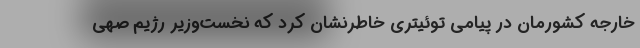
خارجه کشورمان در پیامی توئیتری خاطرنشان کرد که نخست‌وزیر رژیم صهی